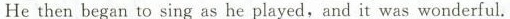
He then began to sing as he played,and it was wonderful.